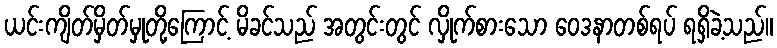
ယင်းကျိတ်မှိတ်မှုတို့ကြောင့် မိခင်သည် အတွင်းတွင် လှိုက်စားသော ဝေဒနာတစ်ရပ် ရရှိခဲ့သည်။